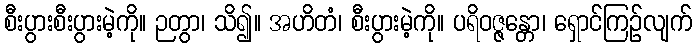
စီးပွားစီးပွားမဲ့ကို။ ဉတွာ၊ သိ၍။ အဟိတံ၊ စီးပွားမဲ့ကို။ ပရိဝဇ္ဇန္တော၊ ရှောင်ကြဉ်လျက်